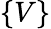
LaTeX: \lbrace V\rbrace